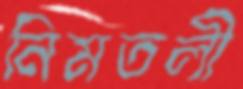
নিমতলী